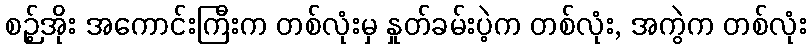
စဉ့်အိုး အကောင်းကြီးက တစ်လုံးမှ နှုတ်ခမ်းပဲ့က တစ်လုံး, အကွဲက တစ်လုံး